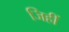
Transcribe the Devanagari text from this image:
जिहीं